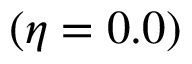
( \eta = 0 . 0 )